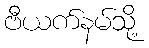
ဗီယက်နမ်သို့